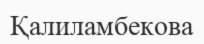
Қалиламбекова